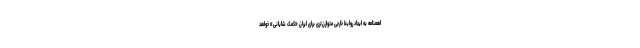
اهمنامه به ایجاد روابط خارجی متوازن‌تری برای ایران «کمک شایانی» خواهد